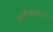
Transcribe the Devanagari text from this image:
कार्बोनाइलेशन